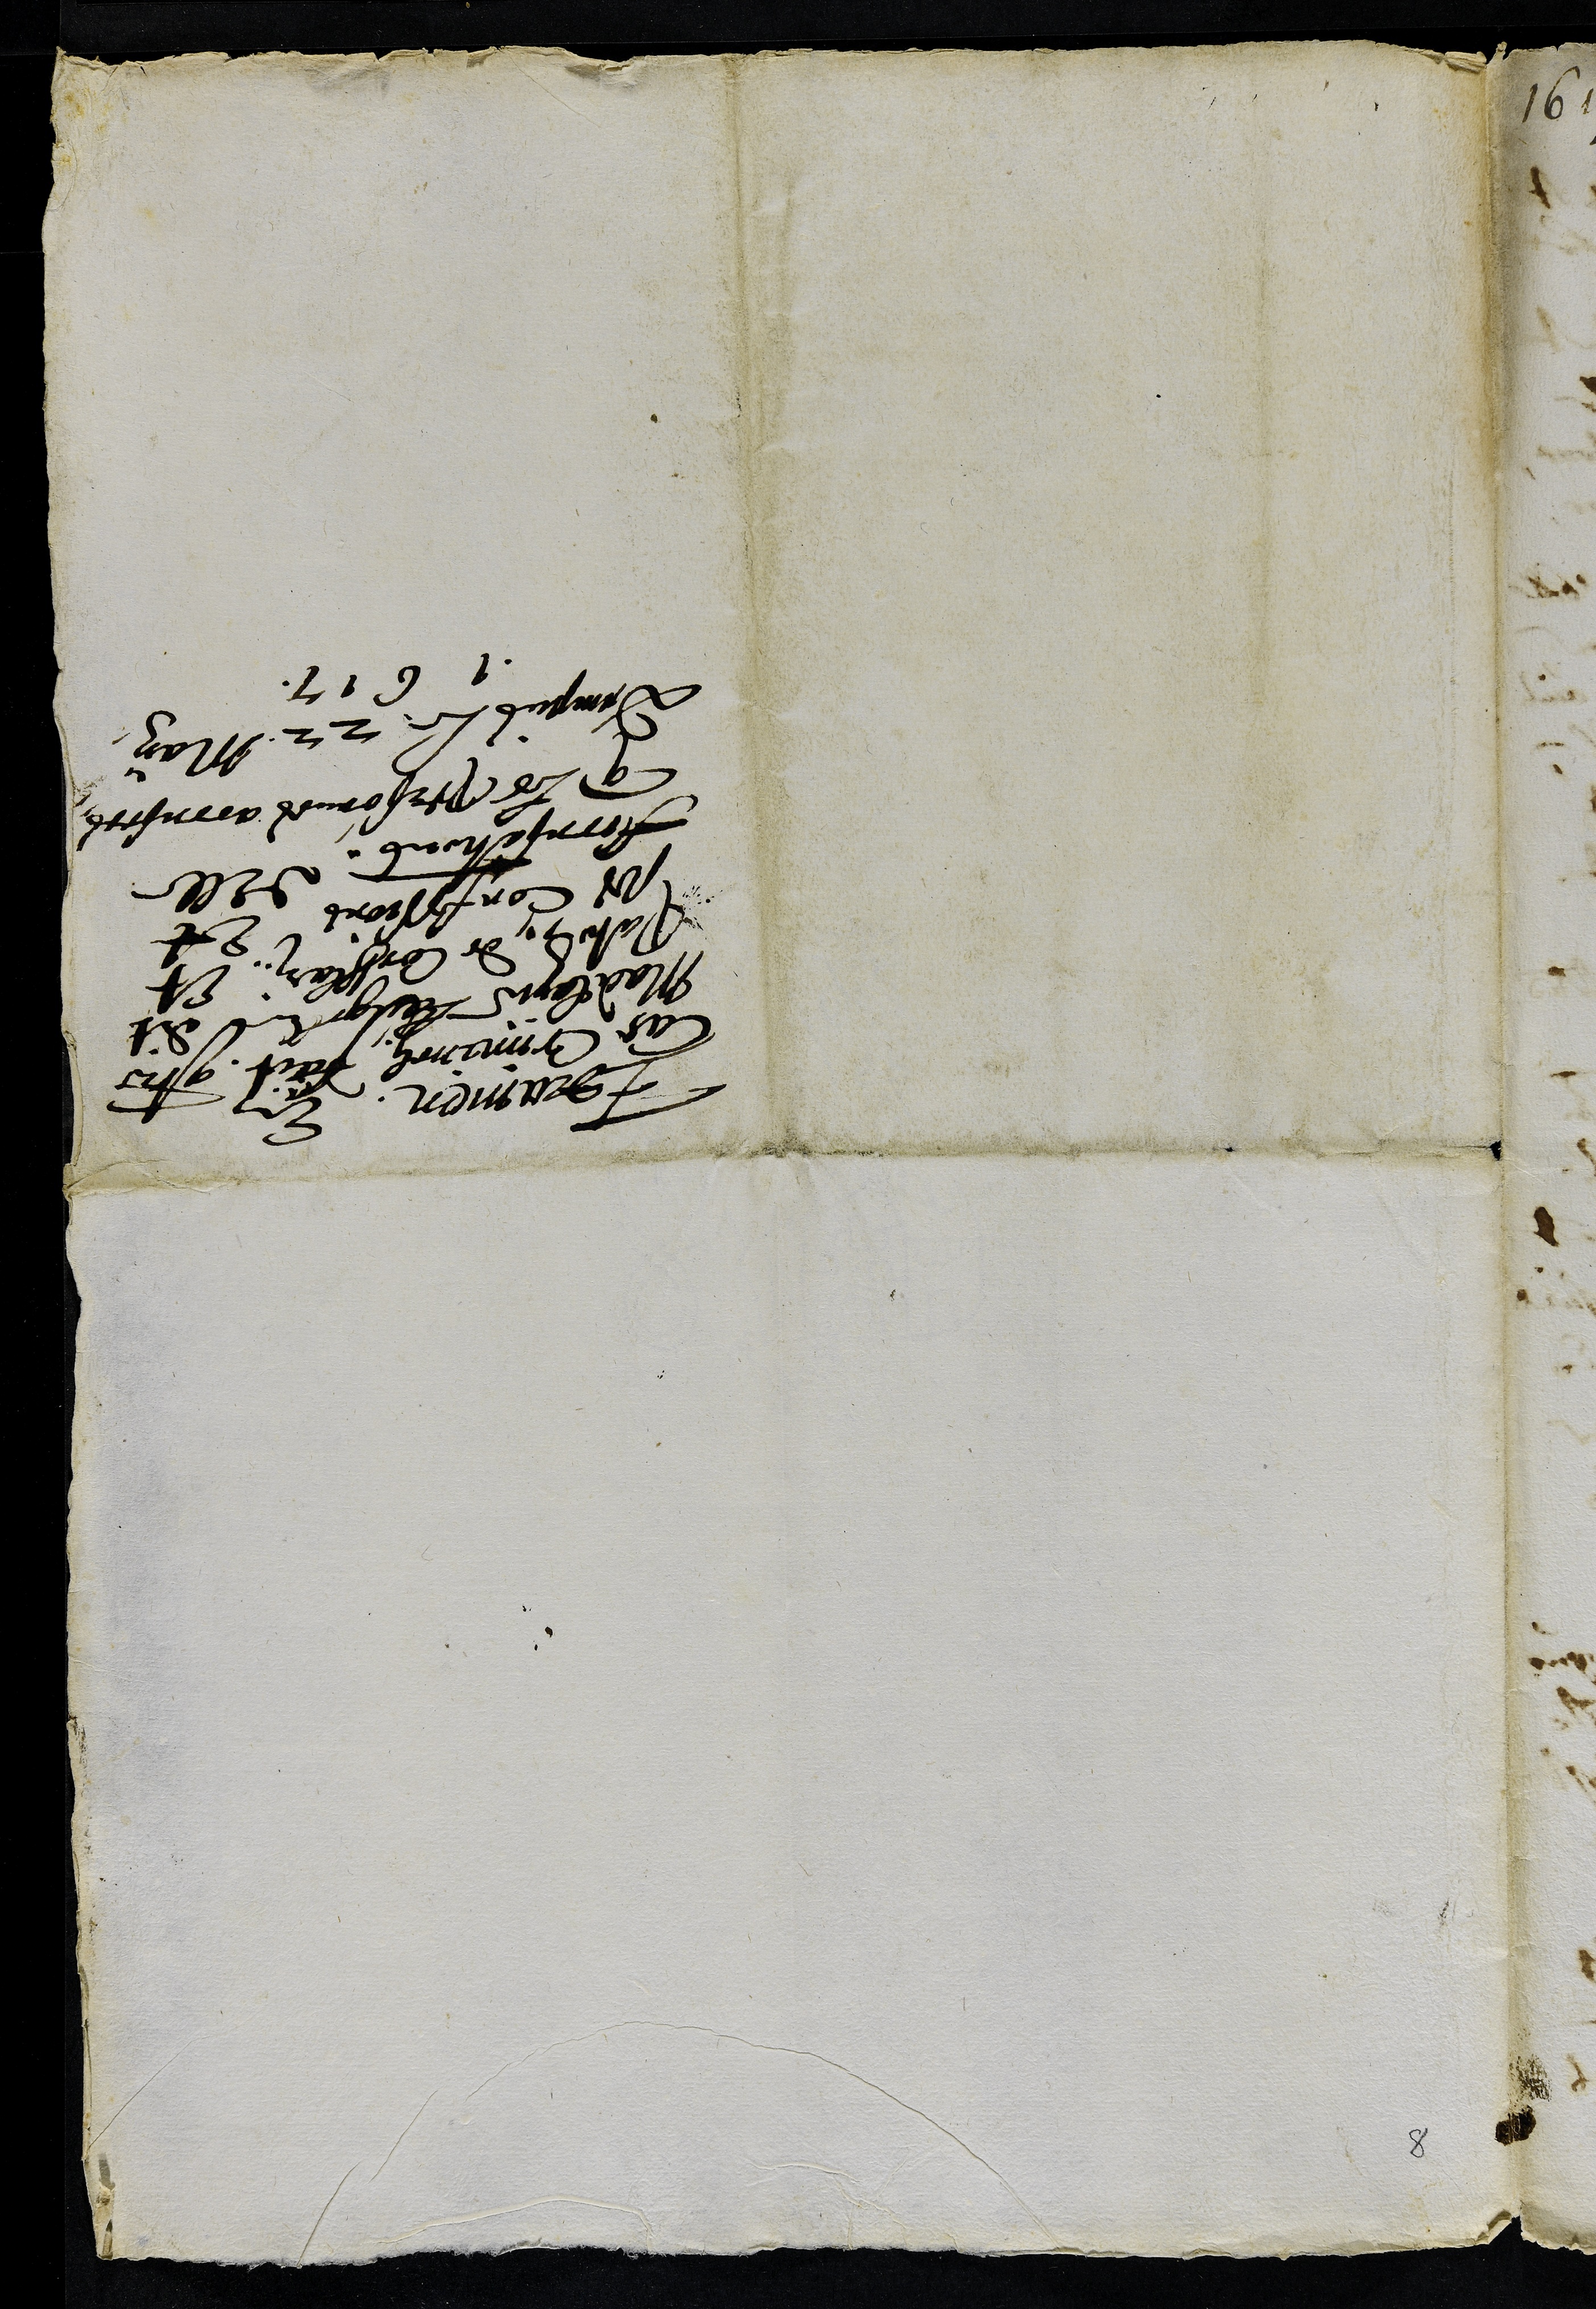
Teramen de
Las Comminolz part ce
Maalae lugel dit
Patod de Conflan. Et
ses Confssions Et
fornsetons, dElle
que les personnes accusees
vimpus le 22 May.
n 617.